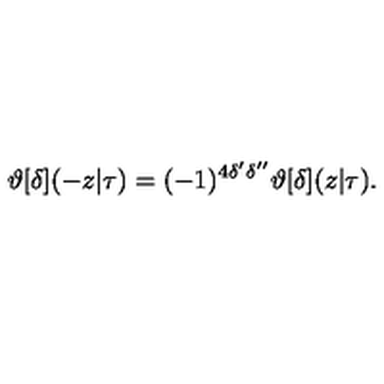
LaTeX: \vartheta [ \delta ] ( - z | \tau ) = ( - 1 ) ^ { 4 \delta ^ { \prime } \delta ^ { \prime \prime } } \vartheta [ \delta ] ( z | \tau ) .